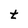
Character: t